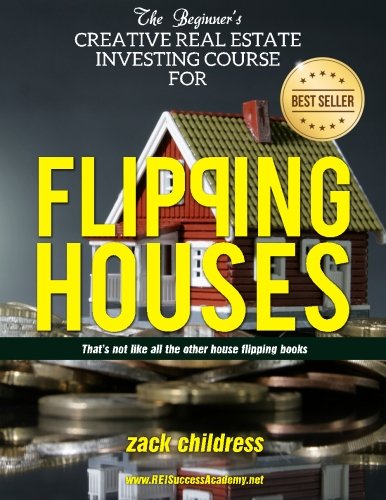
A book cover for The Beginners Creative Real Estate Investing Course for Flipping Houses: That's Not Like All the Other House Flipping Books...; Zack Childress; Business & Money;